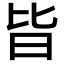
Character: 𣅜